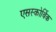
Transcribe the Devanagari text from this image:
एसस्कोर्बिक